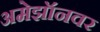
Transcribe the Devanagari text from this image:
अमेझॉनवर